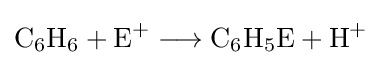
{\mathrm {C} {\vphantom {A}}_{\smash[{t}]{6}}\mathrm {H} {\vphantom {A}}_{\smash[{t}]{6}}{}+{}\mathrm {E} {\vphantom {A}}^{+}{}\mathrel {\longrightarrow } {}\mathrm {C} {\vphantom {A}}_{\smash[{t}]{6}}\mathrm {H} {\vphantom {A}}_{\smash[{t}]{5}}\mathrm {E} {}+{}\mathrm {H} {\vphantom {A}}^{+}}